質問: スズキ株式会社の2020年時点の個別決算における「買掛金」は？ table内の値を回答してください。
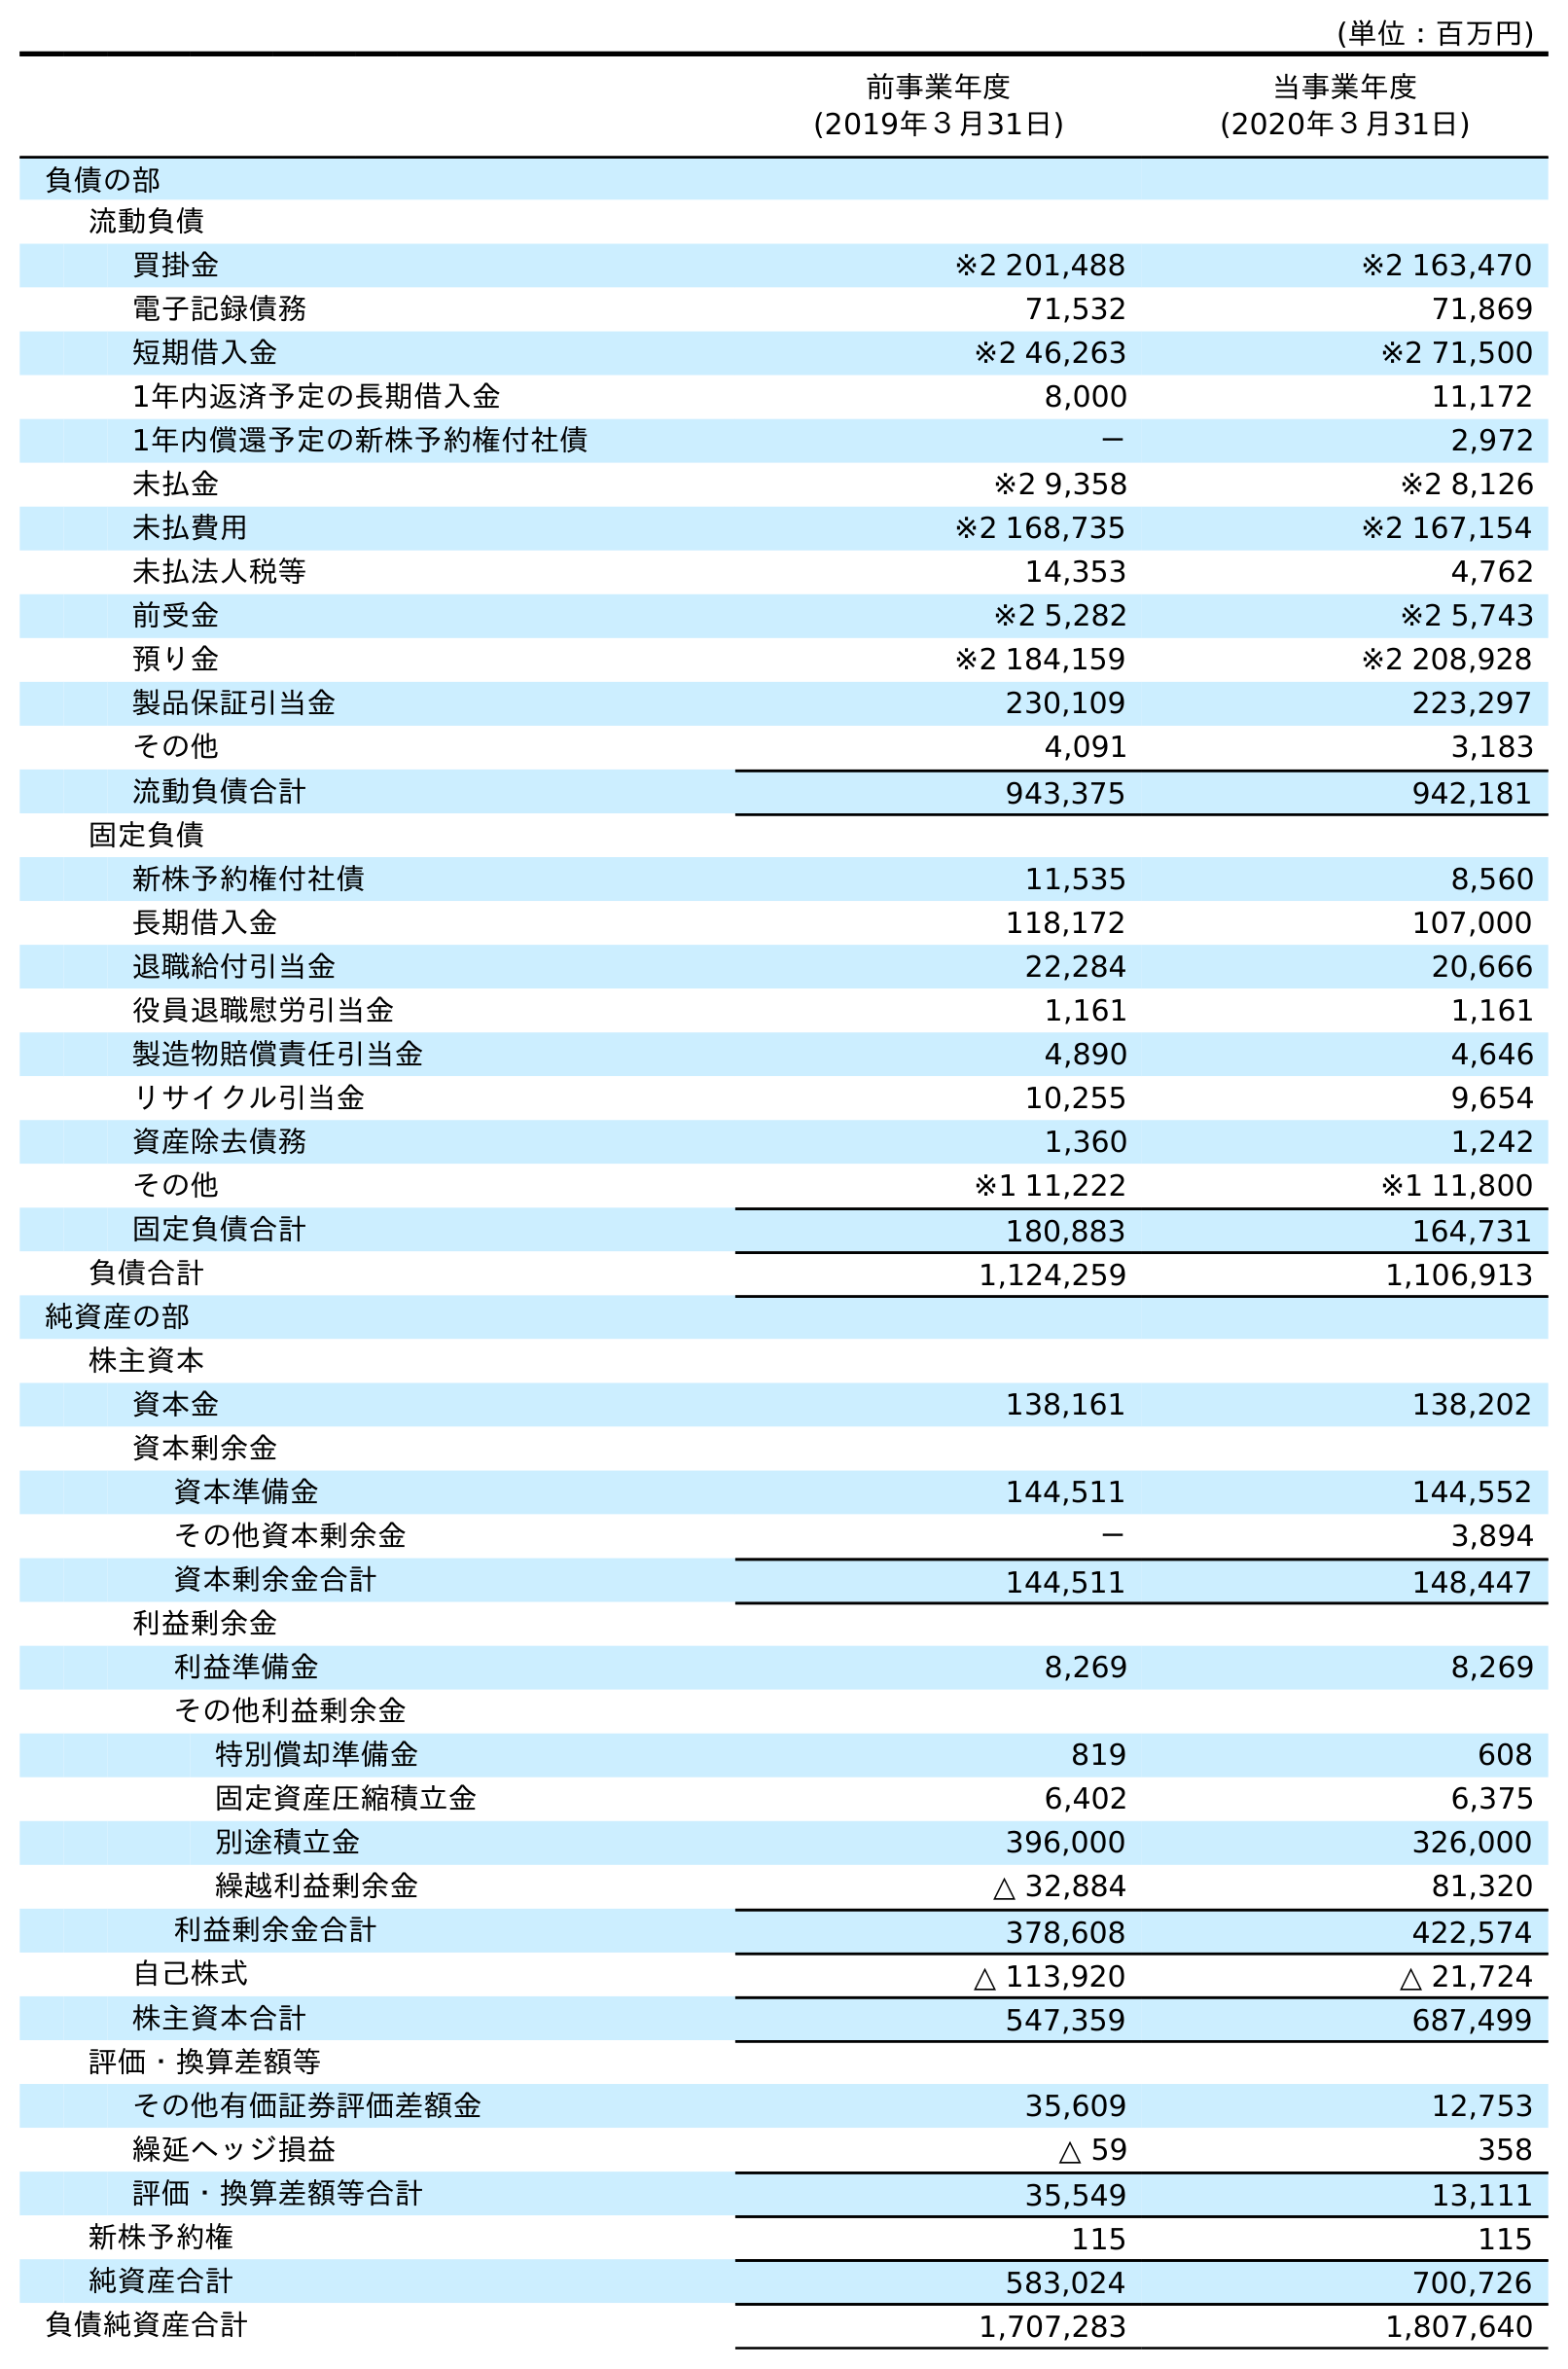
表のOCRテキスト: (単位：百万円) 前事業年度 (2019年３月31日) 当事業年度 (2020年３月31日) 負債の部 流動負債 買掛金 ※2 201,488 ※2 163,470 電子記録債務 71,532 71,869 短期借入金 ※2 46,263 ※2 71,500 1年内返済予定の長期借入金 8,000 11,172 1年内償還予定の新株予約権付社債 － 2,972 未払金 ※2 9,358 ※2 8,126 未払費用 ※2 168,735 ※2 167,154 未払法人税等 14,353 4,762 前受金 ※2 5,282 ※2 5,743 預り金 ※2 184,159 ※2 208,928 製品保証引当金 230,109 223,297 その他 4,091 3,183 流動負債合計 943,375 942,181 固定負債 新株予約権付社債 11,535 8,560 長期借入金 118,172 107,000 退職給付引当金 22,284 20,666 役員退職慰労引当金 1,161 1,161 製造物賠償責任引当金 4,890 4,646 リサイクル引当金 10,255 9,654 資産除去債務 1,360 1,242 その他 ※1 11,222 ※1 11,800 固定負債合計 180,883 164,731 負債合計 1,124,259 1,106,913 純資産の部 株主資本 資本金 138,161 138,202 資本剰余金 資本準備金 144,511 144,552 その他資本剰余金 － 3,894 資本剰余金合計 144,511 148,447 利益剰余金 利益準備金 8,269 8,269 その他利益剰余金 特別償却準備金 819 608 固定資産圧縮積立金 6,402 6,375 別途積立金 396,000 326,000 繰越利益剰余金 △ 32,884 81,320 利益剰余金合計 378,608 422,574 自己株式 △ 113,920 △ 21,724 株主資本合計 547,359 687,499 評価・換算差額等 その他有価証券評価差額金 35,609 12,753 繰延ヘッジ損益 △ 59 358 評価・換算差額等合計 35,549 13,111 新株予約権 115 115 純資産合計 583,024 700,726 負債純資産合計 1,707,283 1,807,640
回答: ※2163,470